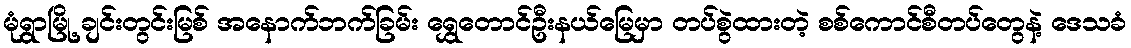
မုံရွာမြို့ ချင်းတွင်းမြစ် အနောက်ဘက်ခြမ်း ရွှေတောင်ဦးနယ်မြေမှာ တပ်စွဲထားတဲ့ စစ်ကောင်စီတပ်တွေနဲ့ ဒေသခံ